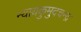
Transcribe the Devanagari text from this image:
न्यायकुमुदचन्द्र